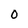
Character: 0